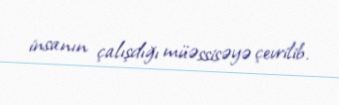
insanın çalışdığı müəssisəyə çevrilib.